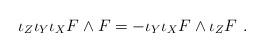
LaTeX: \begin{align*} \iota_Z \iota_Y \iota_X F \wedge F = - \iota_Y \iota_X F\wedge \iota_Z F~.\end{align*}